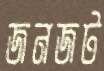
জনজট